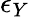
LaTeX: \epsilon_{Y}